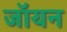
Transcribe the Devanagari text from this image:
जॉयन